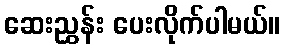
ဆေးညွှန်း ပေးလိုက်ပါမယ်။